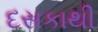
દસકાથી